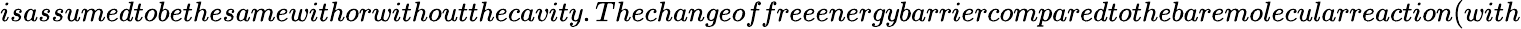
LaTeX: isassumedtobethesamewithorwithoutthecavity.Thechangeoffreeenergybarriercomparedtothebaremolecularreaction(with